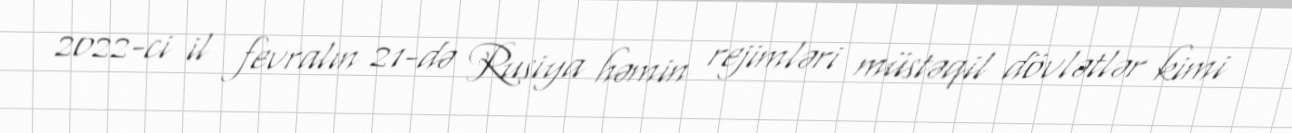
2022-ci il fevralın 21-də Rusiya həmin rejimləri müstəqil dövlətlər kimi